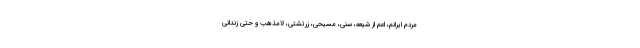
مردم ایرانم، اعم از شیعه، سنی، مسیحی، زرتشتی، لامذهب و حتی زندانی